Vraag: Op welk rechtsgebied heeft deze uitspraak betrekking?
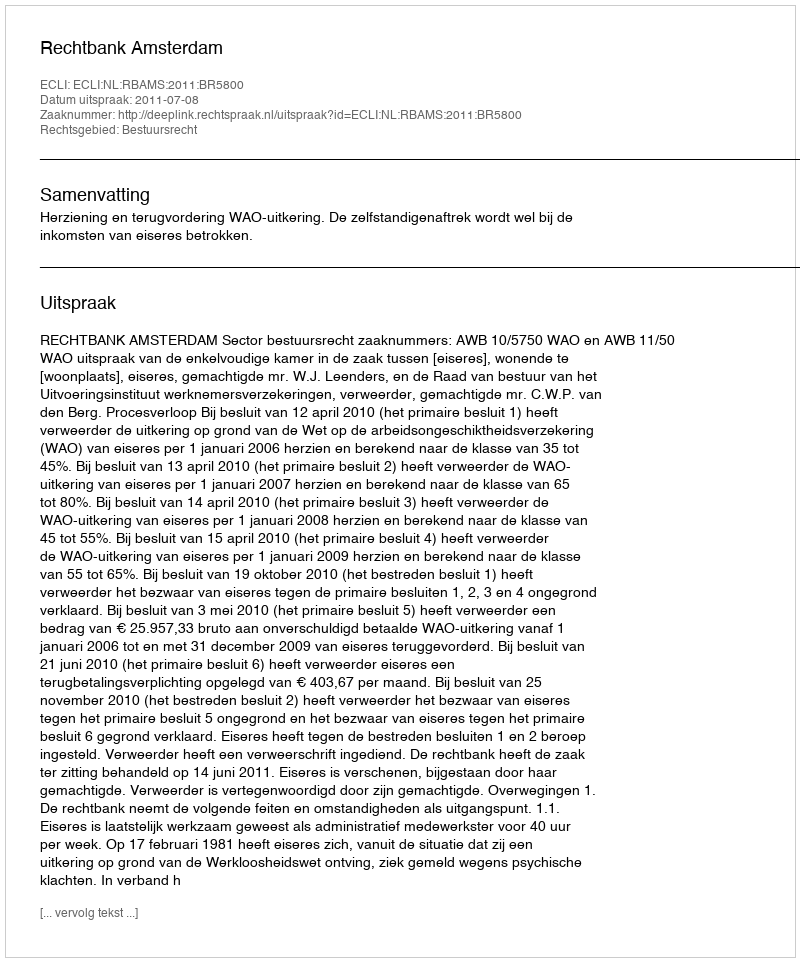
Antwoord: Bestuursrecht